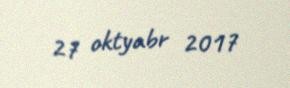
27 oktyabr 2017